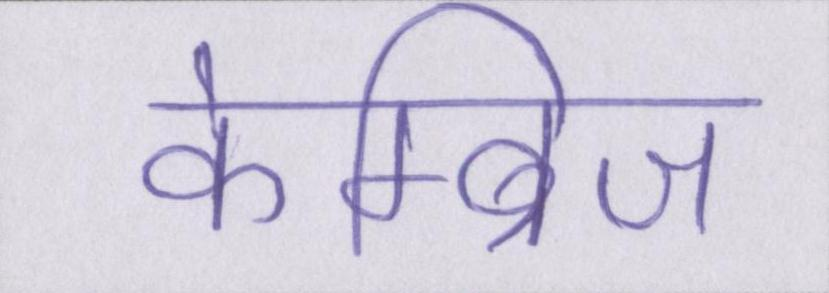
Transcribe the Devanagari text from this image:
केम्ब्रिज